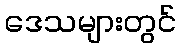
ဒေသများတွင်